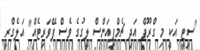
"ސިޓީ އަކީ މި ގްރޫޕް އަދި ޗެމްޕިއަންސް ލީގުގެ ވެސް ފޭވަރިޓެއް" އަލެގްރީ